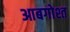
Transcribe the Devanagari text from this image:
आबगोश्त